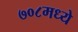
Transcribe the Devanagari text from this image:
७०८मध्ये